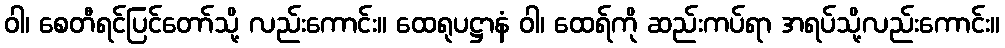
ဝါ၊ စေတီရင်ပြင်တော်သို့ လည်းကောင်း။ ထေရုပဋ္ဌာနံ ဝါ၊ ထေရ်ကို ဆည်းကပ်ရာ အရပ်သို့လည်းကောင်း။